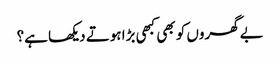
بے گھروں کو بھی کبھی بڑا ہوتے دیکھا ہے؟